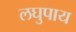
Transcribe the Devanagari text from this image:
लघुपाय